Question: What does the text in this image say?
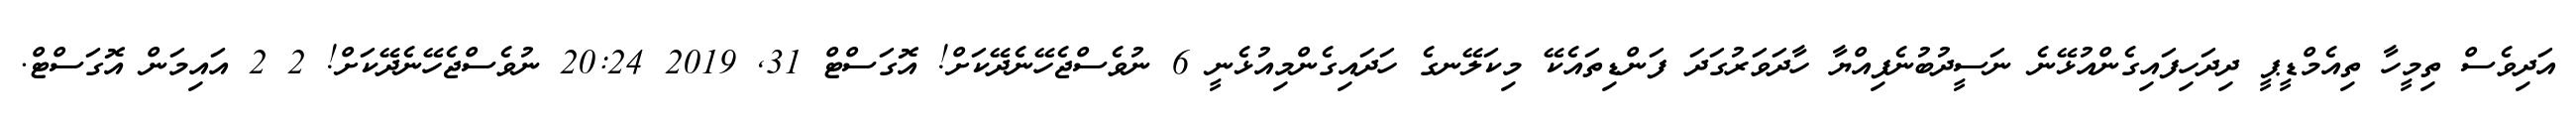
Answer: އަދިވެސް ތިމީހާ ތިއެމްޑީޕީ ދިދަހިފައިގެންއުޅޭނެ ނަސީދުބުނެފިއްޔާ ހާދަވަރުގަދަ ފަންޑިތައެކޭ މިކަލޭނގެ ހަދައިގެންމިއުޅެނީ 6 ނުވެސްޖެހޭނެދޭކަށް! އޮގަސްޓް 31, 2019 20:24 ނުވެސްޖެހޭނެދޭކަށް! 2 2 އައިމަން އޮގަސްޓް.